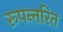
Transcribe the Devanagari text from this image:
रूपन्तरित